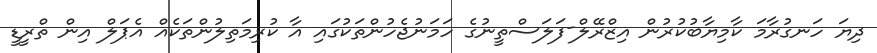
ދިޔަ ހަނގުރާމަ ކާމިޔާބުކުރުން އިޒްރޭލް-ފަލަސްތީނުގެ ހަމަނުޖެހުންތަކުގައި އާ ކުރިމަތިލުންތަކެއް އެޕަލް އިން ތްރީޑީ